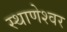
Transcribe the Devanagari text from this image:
स्थाणेश्वर